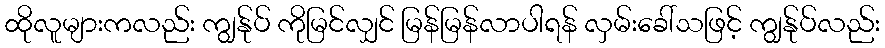
ထိုလူများကလည်း ကျွန်ုပ် ကိုမြင်လျှင် မြန်မြန်လာပါရန် လှမ်းခေါ်သဖြင့် ကျွန်ုပ်လည်း